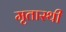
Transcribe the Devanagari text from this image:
मृतास्थी